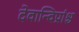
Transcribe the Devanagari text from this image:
देवान्विप्रांश्च